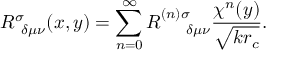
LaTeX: R _ { ~ \delta \mu \nu } ^ { \sigma } ( x , y ) = \sum _ { n = 0 } ^ { \infty } R _ { ~ ~ ~ ~ \delta \mu \nu } ^ { ( n ) \sigma } \frac { \chi ^ { n } ( y ) } { \sqrt { k r _ { c } } } .